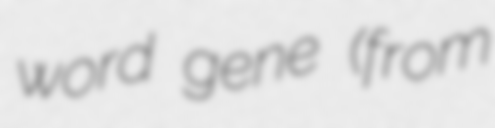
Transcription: word gene (from